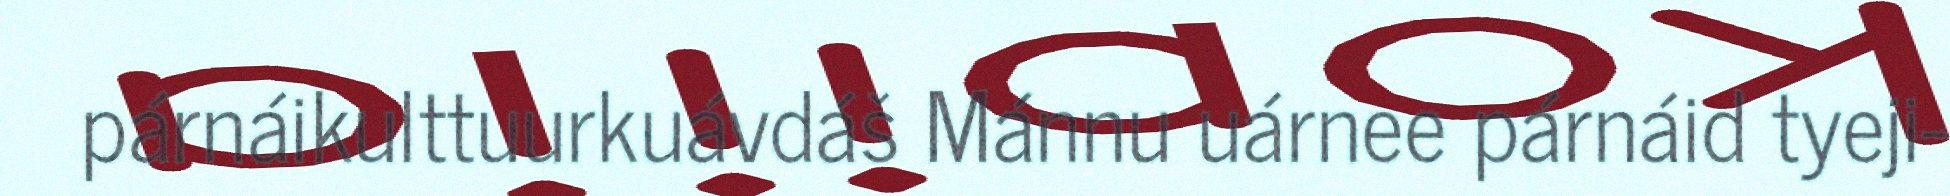
párnáikulttuurkuávdáš Mánnu uárnee párnáid tyeji-